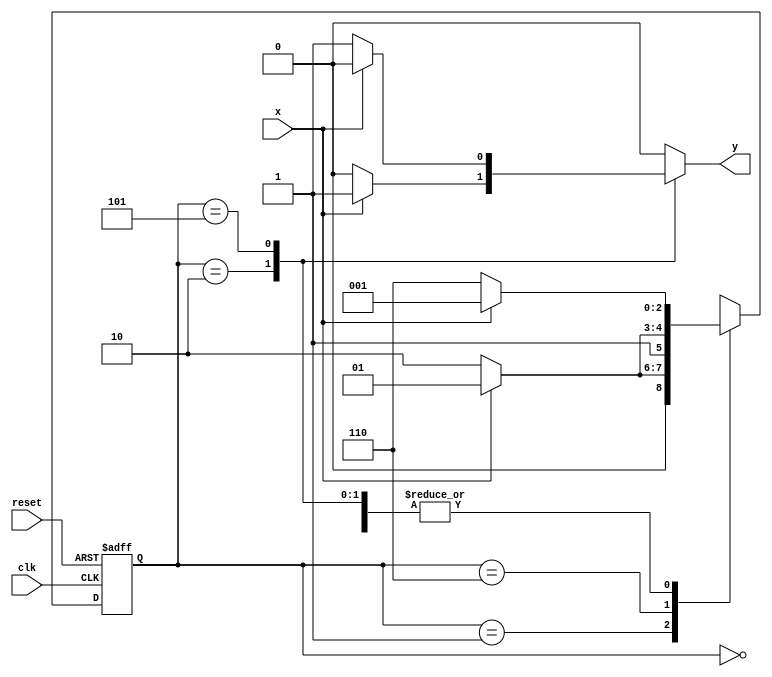
// ------------------------------
// Guia 11
// Nome: Mariana Ramos de Brito
// ------------------------------


// --------------------
// --- Mealy FSM
// --- seq: 010 ou 101
// --------------------


// constant definitions
`define found    1
`define notfound 0

// FSM by Mealy
module numero04_seq010_101 ( y, x, clk, reset );

	output y;
	input  x;
	input  clk;
	input  reset;

	reg    y;

	parameter         // state identifiers 
		start  = 3'b000,
		id1    = 3'b001,
		id0   = 3'b110,
		id10   = 3'b010,
		id01   = 3'b101;

	reg [2:0] E1;	// current state variables
	reg [2:0] E2;	// next state logic output

	// next state logic
   always @( x or E1 )
		begin
		y = `notfound;

		case ( E1 )
			start:
				if ( x )
					E2 = id1;
				else
					E2 = id0;
				
			id1:
				if ( x )
					E2 = id1;
				else
					E2 = id10;

			id10:
				if ( x )
				begin
					E2 =  id1;
					y  = `found;
				end
				else
				begin
					E2 =  id0;
					y  = `notfound;
				end
			
			id0:
				if ( x )
					E2 = id01;
				else
					E2 = id0;

			id01:
				if ( x )
				begin
					E2 =  id1;
					y  = `notfound;
				end
				else
				begin
					E2 =  id0;
					y  = `found;
				end
	 
			default:   // undefined state
				E2 =  3'bxxx;
		endcase
	  
		end // always at signal or state changing
		

	// state variables
		always @( posedge clk or negedge reset )
		begin
			if ( reset )
				E1 = E2;    // updates current state
			else
				E1 = 0;     // reset
		end // always at signal changing

endmodule // numero04_seq010_101